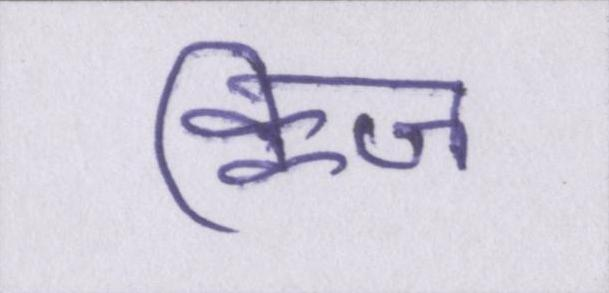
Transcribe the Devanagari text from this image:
क्विज